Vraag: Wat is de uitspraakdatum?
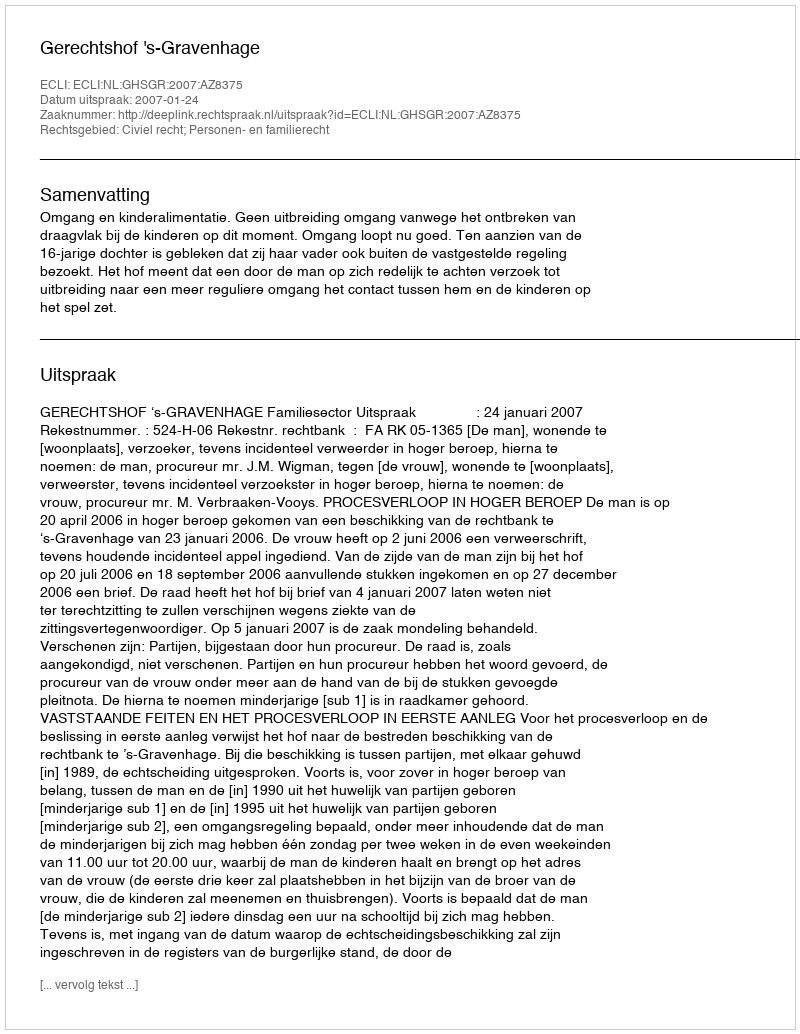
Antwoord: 2007-01-24